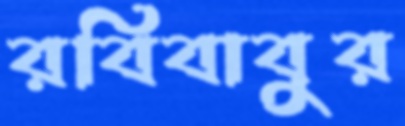
রবিবাবুর